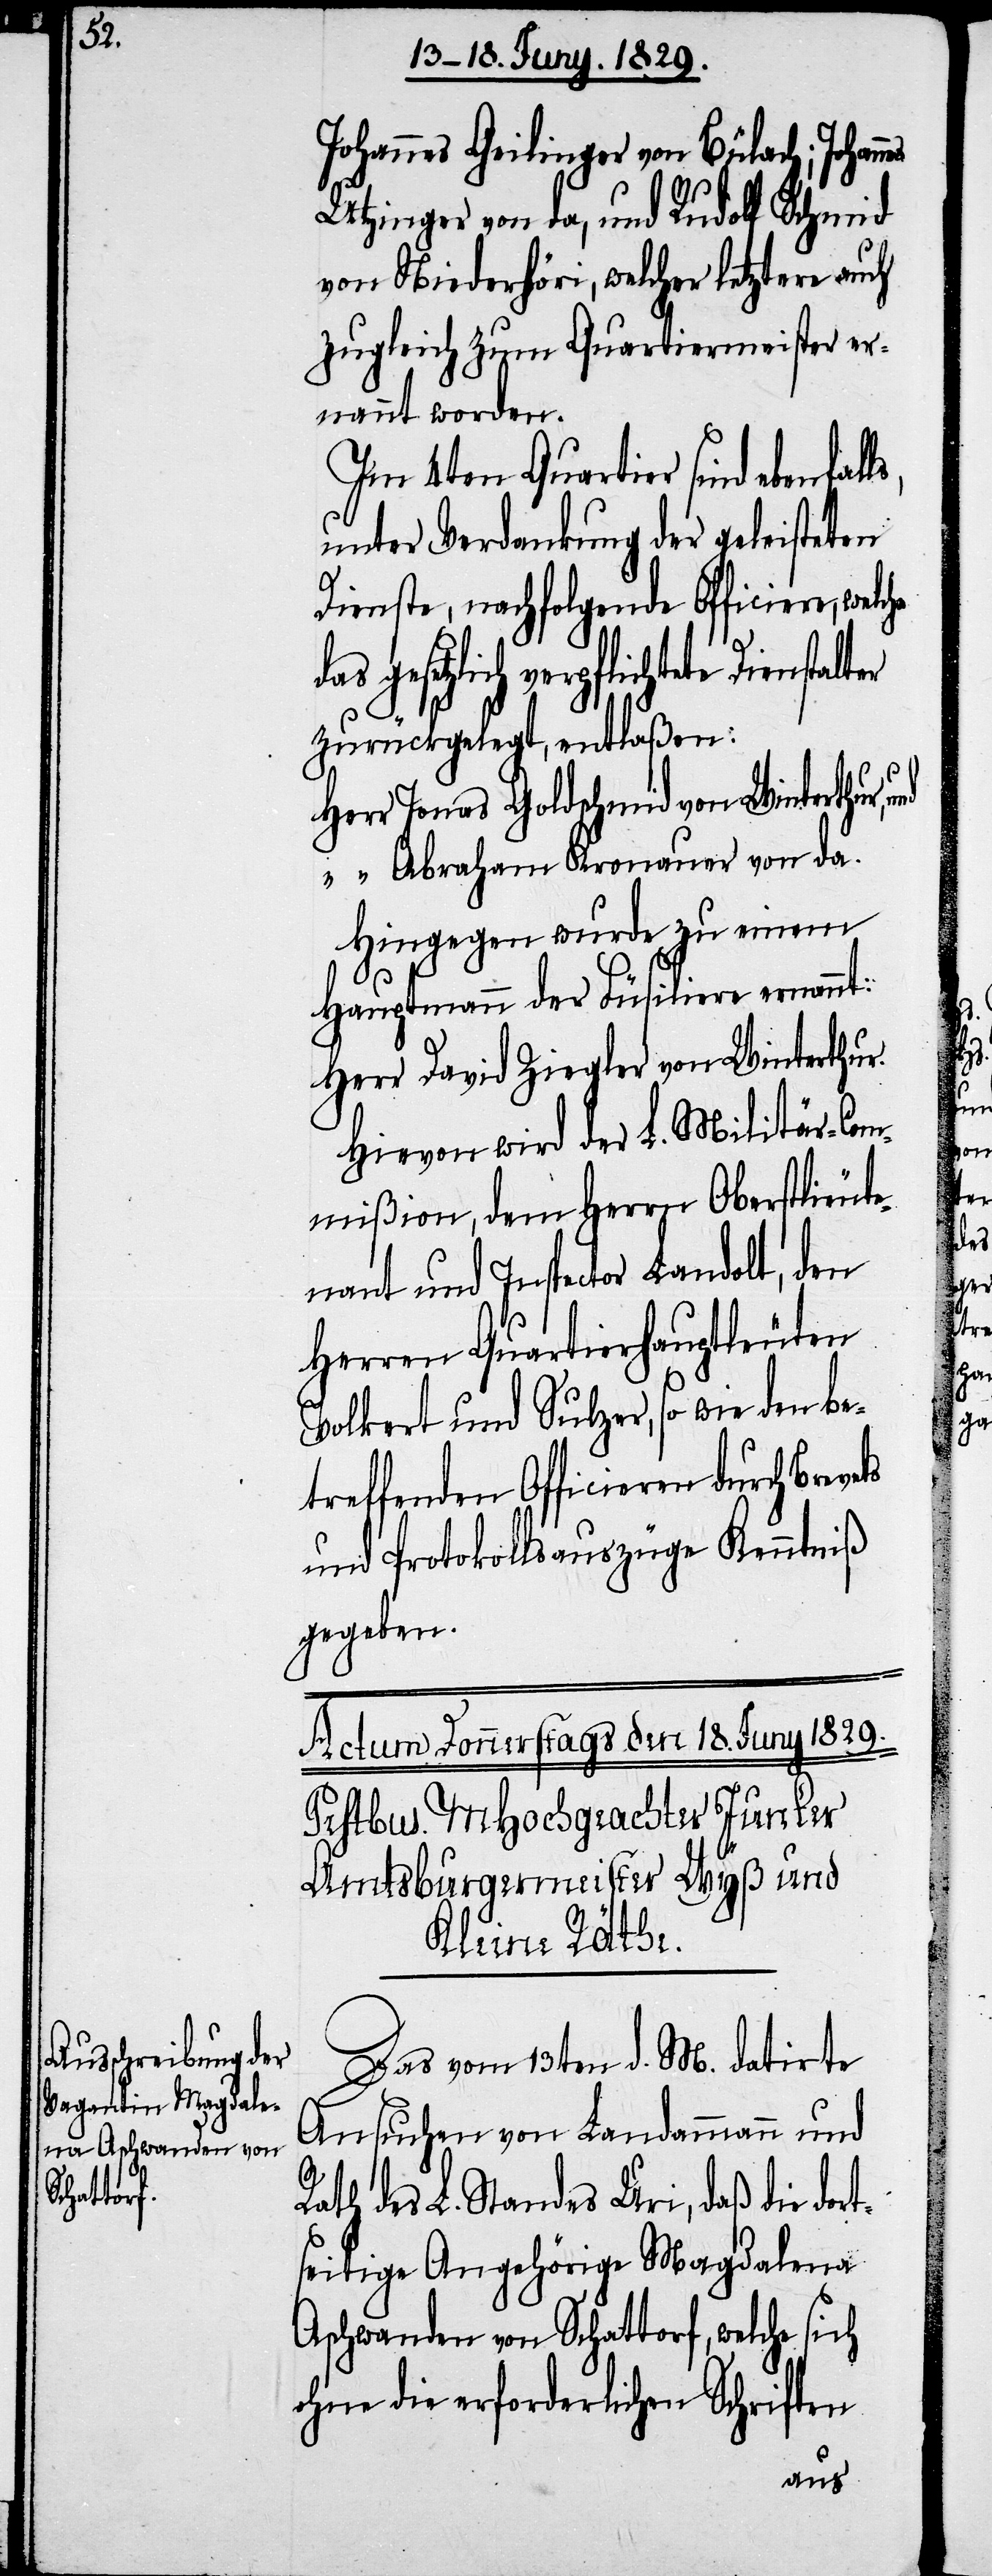
s,

Johannes Geilinger von Bülach; Johannes
Utzinger von da, und Rudolf Schmid
von Niederhöri, welcher letztere auch
zugleich zum Quartiermeister er¬
nannt worden.
Im 4ten Quartier sind ebenfall¬
unter Verdankung der geleisteten
Dienste, nachfolgende Officiere, welche
gesetzlich verpflichtete
zurückgelegt, entlaßen:
Herr Jonas Goldschmid von Winterthur,
“ “ Abraham Kronauer von da.
Hingegen wurde zu einem
Hauptmann der Füsiliere ernannt:
Herr David Ziegler von Winterthur.
Hievon wird der L. Militär-Com¬
mißion, dem Herrn Oberstlieute¬
nant und Inspector Landolt, den
Herren Quartierhauptleuten
Volkert und Sulzer, so wie den be¬
treffenden Officieren durch
und Protokollsauszüge Kenntniß
gegeben.
Das vom 13ten d. M. datirte
Ansuchen von Landammann und
Rath des L. Standes Uri, daß die dort¬
seitige Angehörige Magdalena
Aschwanden von Schattorf, welche sich
ohne die erforderlichen Schriften